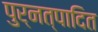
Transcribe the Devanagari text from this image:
पुर्नत्पादित